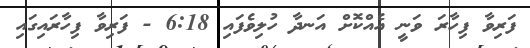
ފަރިވާ ފިހާރަ ވަނީ އެއްކޮށް އަނދާ ހުލިވެފައި 6:18 - ފަރިވާ ފިހާރައިގައި